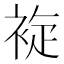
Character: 𲀳